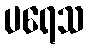
ပရေသ